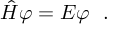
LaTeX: \hat { H } \varphi = E \varphi \ \ .